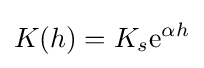
K(h)=K_{s}\mathrm {e} ^{\alpha h}